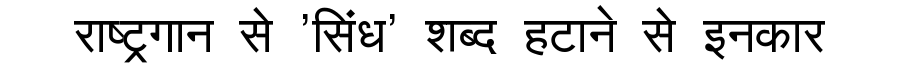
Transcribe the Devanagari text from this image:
राष्ट्रगान से 'सिंध' शब्द हटाने से इनकार